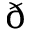
\eth